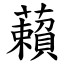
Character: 藾